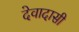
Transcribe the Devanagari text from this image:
देवादासी